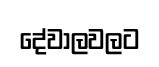
දේවාලවලට